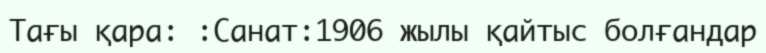
Тағы қара: :Санат:1906 жылы қайтыс болғандар